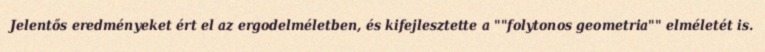
Jelentős eredményeket ért el az ergodelméletben, és kifejlesztette a ""folytonos geometria"" elméletét is.